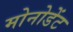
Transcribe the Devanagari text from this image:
मोनोडेंट